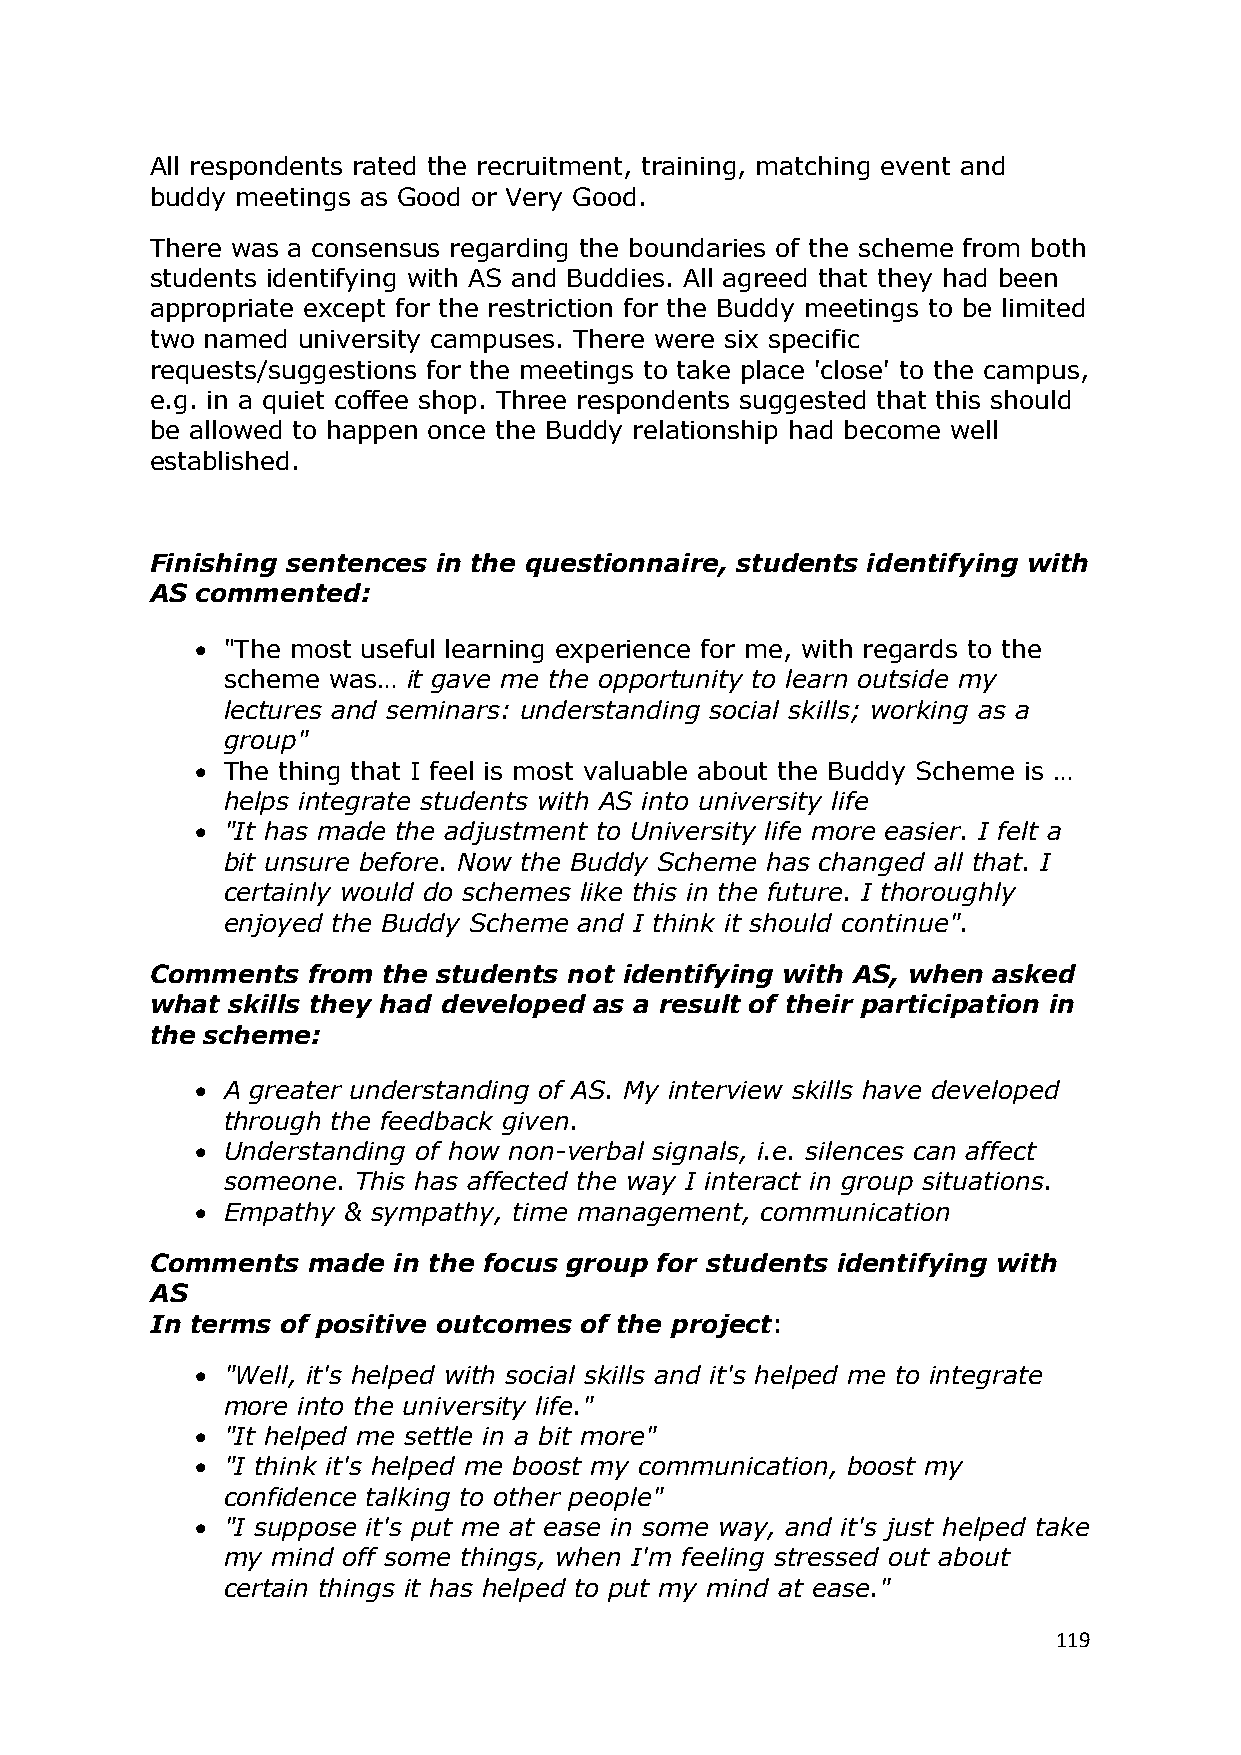
All respondents rated the recruitment, training, matching event and
 buddy meetings as Good or Very Good.
 There was a consensus regarding the boundaries of the scheme from both
 students identifying with AS and Buddies. All agreed that they had been
 appropriate except for the restriction for the Buddy meetings to be limited
 two named university campuses. There were six specific
 requests/suggestions for the meetings to take place 'close' to the campus,
 e.g. in a quiet coffee shop. Three respondents suggested that this should
 be allowed to happen once the Buddy relationship had become well
 established.
 Finishing sentences in the questionnaire, students identifying with
 AS commented:
  "The most useful learning experience for me, with regards to the
 scheme was… it gave me the opportunity to learn outside my
 lectures and seminars: understanding social skills; working as a
 group"
  The thing that I feel is most valuable about the Buddy Scheme is …
 helps integrate students with AS into university life
  "It has made the adjustment to University life more easier. I felt a
 bit unsure before. Now the Buddy Scheme has changed all that. I
 certainly would do schemes like this in the future. I thoroughly
 enjoyed the Buddy Scheme and I think it should continue".
 Comments  from the students not identifying with AS, when asked
 what skills they had developed as a result of their participation in
 the scheme:
  A greater understanding of AS. My interview skills have developed
 through the feedback given.
  Understanding of how non-verbal signals, i.e. silences can affect
 someone. This has affected the way I interact in group situations.
  Empathy & sympathy, time management, communication
 Comments  made  in the focus group for students identifying with
 AS
 In terms of positive outcomes of the project:
  "Well, it's helped with social skills and it's helped me to integrate
 more into the university life."
  "It helped me settle in a bit more"
  "I think it's helped me boost my communication, boost my
 confidence talking to other people"
  "I suppose it's put me at ease in some way, and it's just helped take
 my mind off some things, when I'm feeling stressed out about
 certain things it has helped to put my mind at ease."
 119